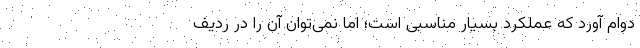
دوام آورد که عملکرد بسیار مناسبی است؛ اما نمی‌توان آن را در ردیف